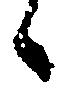
候